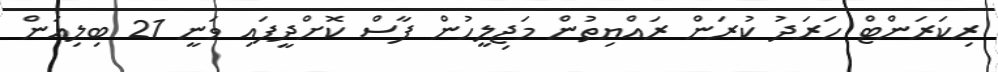
ރިކަރަންޓް ހަރަދު ކުރަން ރައްޔިތުން މަޖިލީހުން ފާސް ކޮށްދީފައި ވަނީ 21 ބިލިއަން